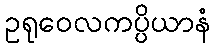
ဥရုဝေလကပ္ပိယာနံ